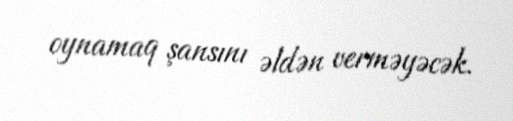
oynamaq şansını əldən verməyəcək.